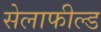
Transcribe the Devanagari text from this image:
सेलाफील्ड